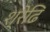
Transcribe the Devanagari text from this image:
श्रेढि